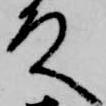
殿